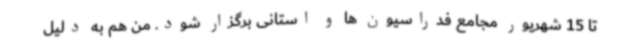
تا 15 شهریور مجامع فدراسیون ها و استانی برگزار شود. من هم به دلیل